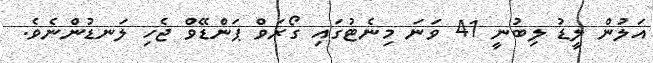
އަލުން ލީޑު ލިބުނީ 41 ވަނަ މިނެޓުގައި ގޯރަވް ޕަންޑޭވް ޖެހި ލަނޑުންނެވެ.